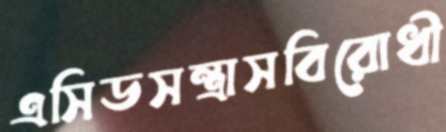
এসিডসন্ত্রাসবিরোধী